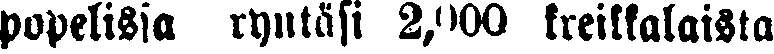
popelissa ryntäsi 2,000 kreikkalaista